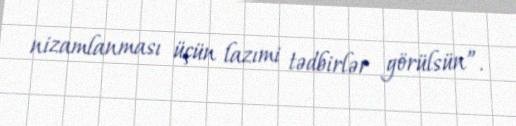
nizamlanması üçün lazımi tədbirlər görülsün”.